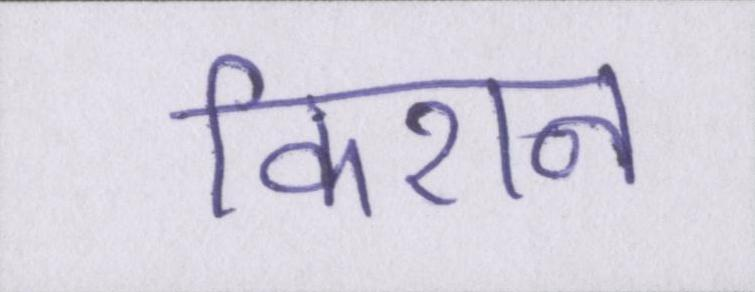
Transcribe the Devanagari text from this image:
किशन